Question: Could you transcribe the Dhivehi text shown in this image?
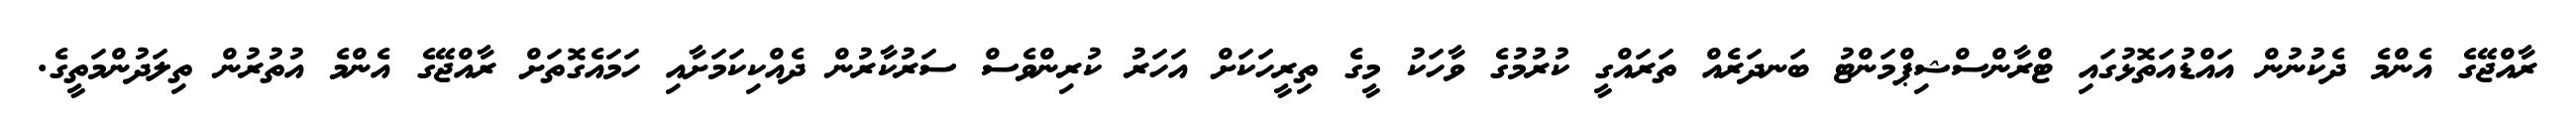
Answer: ރާއްޖޭގެ އެންމެ ދެކުނުން އައްޑުއަތޮޅުގައި ޓްރާންސްޝިޕްމަންޓު ބަނދަރެއް ތަރައްގީ ކުރުމުގެ ވާހަކު މީގެ ތިރީހަކަށް އަހަރު ކުރިންވެސް ސަރުކާރުން ދެއްކިކަމަށާއި ހަމައެގޮތަށް ރާއްޖޭގެ އެންމެ އުތުރުން ތިލަދުންމަތީގެ.